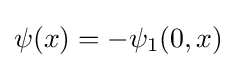
\psi (x)=-\psi _{1}(0,x)